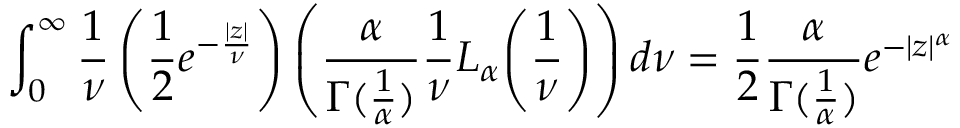
\int _ { 0 } ^ { \infty } { \frac { 1 } { \nu } } \left( { \frac { 1 } { 2 } } e ^ { - { \frac { | z | } { \nu } } } \right) \left( { \frac { \alpha } { \Gamma ( { \frac { 1 } { \alpha } } ) } } { \frac { 1 } { \nu } } L _ { \alpha } { \left( { \frac { 1 } { \nu } } \right) } \right) d \nu = { \frac { 1 } { 2 } } { \frac { \alpha } { \Gamma ( { \frac { 1 } { \alpha } } ) } } e ^ { - | z | ^ { \alpha } }